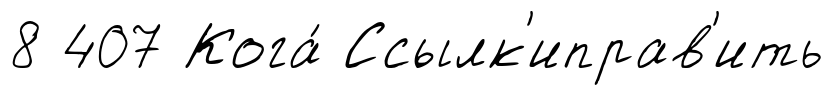
8 407 Кога́ Ссылк'иправ'ить